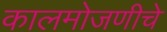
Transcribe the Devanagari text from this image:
कालमोजणीचे